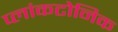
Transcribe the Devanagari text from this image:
प्लांकटोनिक